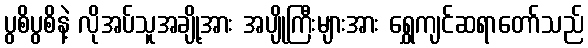
ပွစိပွစိနဲ့ လိုအပ်သူအချို့အား အပျိုကြီးများအား ရွှေကျင်ဆရာတော်သည်